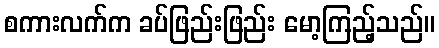
စကားလက်က ခပ်ဖြည်းဖြည်း မော့ကြည့်သည်။